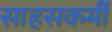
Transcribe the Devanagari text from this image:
साहसकर्मी